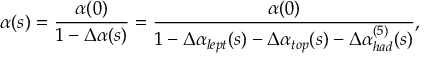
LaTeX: \alpha ( s ) = \frac { \alpha ( 0 ) } { 1 - \Delta \alpha ( s ) } = \frac { \alpha ( 0 ) } { 1 - \Delta \alpha _ { l e p t } ( s ) - \Delta \alpha _ { t o p } ( s ) - \Delta \alpha _ { h a d } ^ { ( 5 ) } ( s ) } ,